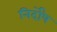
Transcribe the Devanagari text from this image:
निर्दोंष